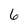
Character: 6